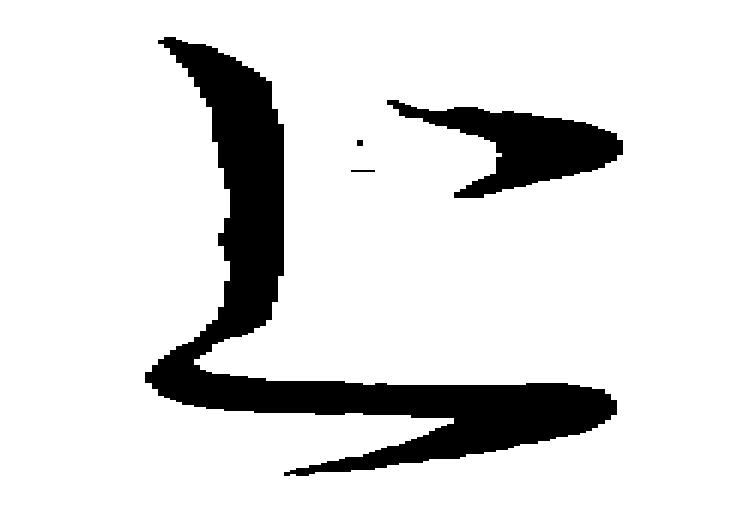
上